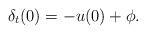
LaTeX: \begin{align*}\delta_t(0)=-u(0)+\phi.\end{align*}